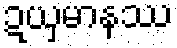
ဍယှမာနဿ